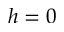
h = 0